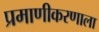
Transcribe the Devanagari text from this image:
प्रमाणीकरणाला